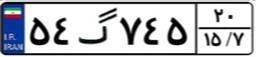
۵۴گ۷۴۵۲۰